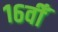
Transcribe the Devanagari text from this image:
१६वीँ